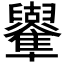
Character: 𠧑